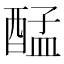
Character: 𮠴